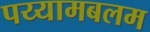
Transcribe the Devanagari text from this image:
पय्यामबलम